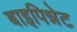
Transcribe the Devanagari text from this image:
बाइपिन्नेट